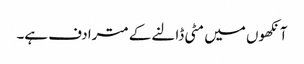
آنکھوں میں مٹی ڈالنے کے مترادف ہے۔